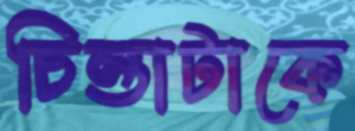
চিন্তাটাকে